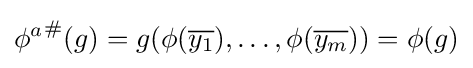
{\phi ^{a}}^{\#}(g)=g(\phi ({\overline {y_{1}}}),\dots ,\phi ({\overline {y_{m}}}))=\phi (g)